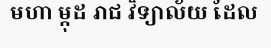
មហា ម្កុដ រាជ វិទ្យាល័យ ដែល